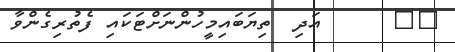
١٩      އަދި  ތިޔަބައިމީހުންނަށްޓަކައި ފެތުރިގެންވާ